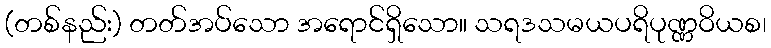
(တစ်နည်း) တတ်အပ်သော အရောင်ရှိသော။ သရဒသမယပရိပုဏ္ဏဝိယစ၊